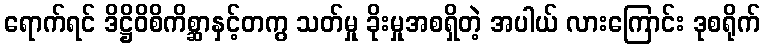
ရောက်ရင် ဒိဋ္ဌိဝိစိကိစ္ဆာနှင့်တကွ သတ်မှု ခိုးမှုအစရှိတဲ့ အပါယ် လားကြောင်း ဒုစရိုက်